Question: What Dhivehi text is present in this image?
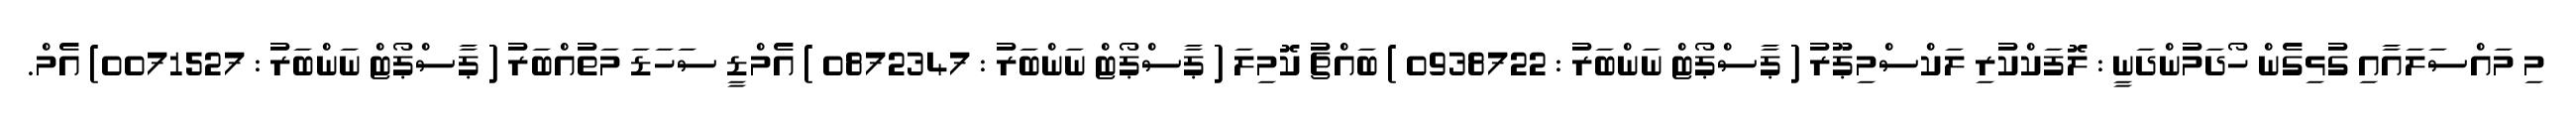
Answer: މި މައްސަލައާއި ގުޅިގެން ހޯދަމުންދަނީ : ލޮފަކްކުރި ލަކްސްމިޕޫރު ( ޕާސްޕޯޓް ނަންބަރު : 0938722 ) ބައްޗު ކޮމިލަ ( ޕާސްޕޯޓް ނަންބަރު : 0872347 ) އެމްޑީ ސަހަޑަ މަތުއްބަރު ( ޕާސްޕޯޓް ނަންބަރު : 0071527) އެމް.